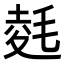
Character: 𭯛